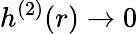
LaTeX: h^{(2)}(r)\to 0